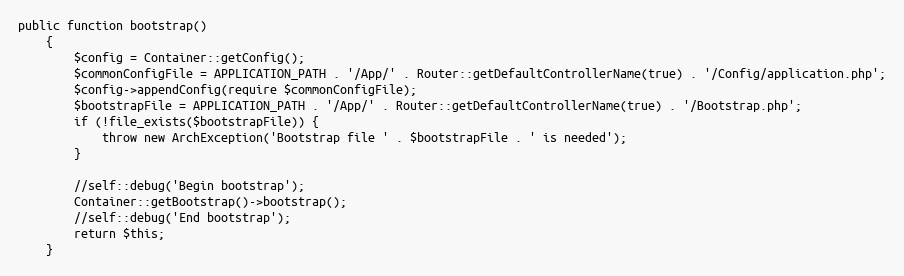
Language: PHP
public function bootstrap()
    {
        $config = Container::getConfig();
        $commonConfigFile = APPLICATION_PATH . '/App/' . Router::getDefaultControllerName(true) . '/Config/application.php';
        $config->appendConfig(require $commonConfigFile);
        $bootstrapFile = APPLICATION_PATH . '/App/' . Router::getDefaultControllerName(true) . '/Bootstrap.php';
        if (!file_exists($bootstrapFile)) {
            throw new ArchException('Bootstrap file ' . $bootstrapFile . ' is needed');
        }

        //self::debug('Begin bootstrap');
        Container::getBootstrap()->bootstrap();
        //self::debug('End bootstrap');
        return $this;
    }